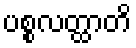
ပစ္စလတ္ထာတိ